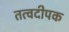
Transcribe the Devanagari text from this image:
तत्वदीपक